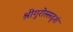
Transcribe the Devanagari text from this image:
श्रीगुरोस्सदृशं